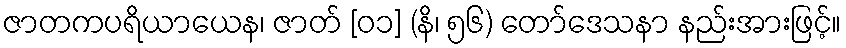
ဇာတကပရိယာယေန၊ ဇာတ် [၀၁] (နိ၊ ၅၆) တော်ဒေသနာ နည်းအားဖြင့်။